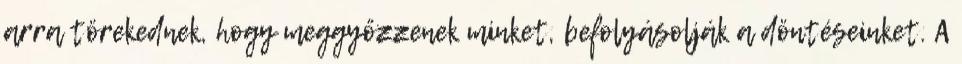
arra törekednek, hogy meggyőzzenek minket, befolyásolják a döntéseinket. A